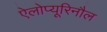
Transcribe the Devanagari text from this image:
ऐलोप्यूरिनौल